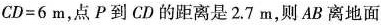
$$C D = 6$$m，点P到CD的距离是2.7m，则AB离地面